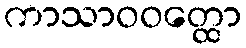
ကာသာဝဝတ္ထော